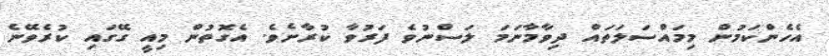
އެހެންކަމުން މިމައްސަލަތައް ދިވާމާނަމަ ލަސްނުވެ ފަރުވާ ކުރާށެވެ. އެގޮތުން މިއީ ގޭގައި ކުރެވޭނެ